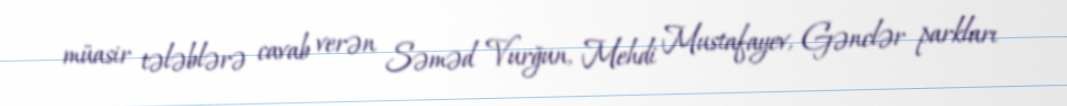
müasir tələblərə cavab verən Səməd Vurğun, Mehdi Mustafayev, Gənclər parkları